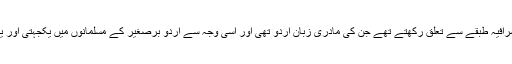
پاکستان بنانے والے قائدین مسلم اشرافیہ طبقے سے تعلق رکھتے تھے جن کی مادری زبان اُردو تھی اور اسی وجہ سے اُردو برصغیر کے مسلمانوں میں یکجہتی اور یگانگت کی علامت بن کر ابھری ۔